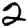
Digit: 2